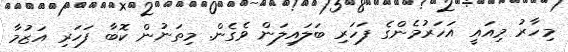
މިހާރު މިއައީ އަހަރުމެންގެ ފަހަރި ބަލައިލަން ވެގެން. މިތަނުން ކޮބާ ފަހަރި އަޒުމާ